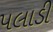
પલાડી